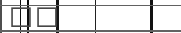
٣٥